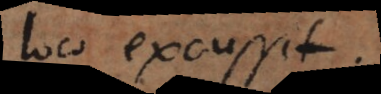
loco excussit.